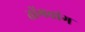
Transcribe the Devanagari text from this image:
तोंगचांग